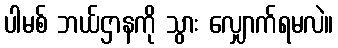
ပါမစ် ဘယ်ဌာနကို သွား လျှောက်ရမလဲ။